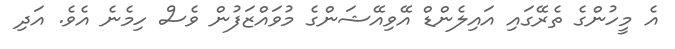
އެ މީހުންގެ ތެރޭގައި އައިލެންޑް އޭވިއޭޝަންގެ މުވައްޒަފުން ވެސް ހިމެނެ އެވެ. އަދި